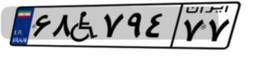
۶۸W۷۹۴۷۷